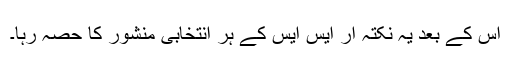
اس کے بعد یہ نکتہ آر ایس ایس کے ہر انتخابی منشور کا حصہ رہا۔